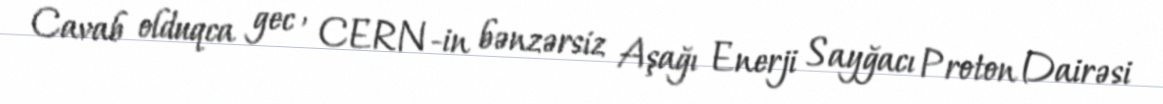
Cavab olduqca gec , CERN-in bənzərsiz Aşağı Enerji Sayğacı Proton Dairəsi